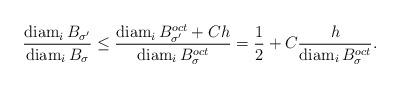
LaTeX: \begin{align*}\frac{\operatorname*{diam}_i B_{\sigma'}} {\operatorname*{diam}_i B_{\sigma}} \leq \frac{\operatorname*{diam}_i B^{oct}_{\sigma'}+ C h} {\operatorname*{diam}_i B^{oct}_{\sigma} } = \frac{1}{2} + C \frac{h} {\operatorname*{diam}_i B^{oct}_{\sigma} }.\end{align*}